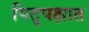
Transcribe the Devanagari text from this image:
पितृपक्षात